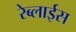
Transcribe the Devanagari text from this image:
रेब्लाईस